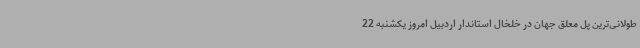
طولانی‌ترین پل معلق جهان در خلخال استاندار اردبیل امروز یکشنبه 22